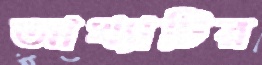
আখ্যাটির